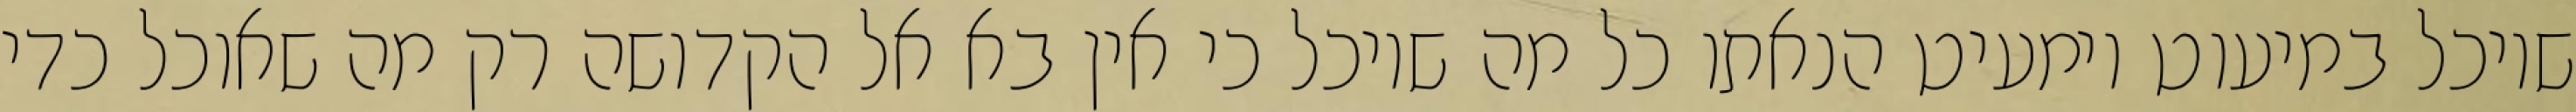
שיוכל במיעוט וימעיט הנאתו כל מה שיוכל כי אין בא אל הקדושה רק מה שאוכל כדי